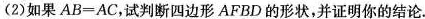
(2)如果$$AB=AC$$，试判断四边形AFBD的形状，并证明你的结论。